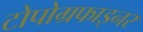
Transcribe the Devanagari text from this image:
टोपोग्रफाइनर